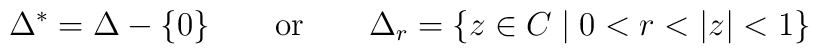
\Delta^*=\Delta-\{0\} \qquad \textrm{or} \qquad \Delta_r=\{z \in C \mid 0<r<|z|<1\}